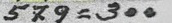
579 = 300